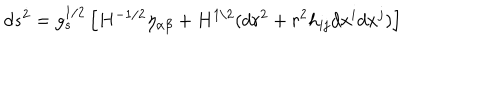
LaTeX: d s ^ { 2 } = g _ { s } ^ { 1 / 2 } \left[ H ^ { - 1 / 2 } \eta _ { \alpha \beta } + H ^ { 1 / 2 } ( d r ^ { 2 } + r ^ { 2 } h _ { i j } d x ^ { i } d x ^ { j } ) \right]